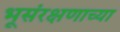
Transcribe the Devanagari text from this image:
भूसंरक्षणाच्या